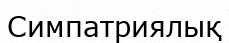
Симпатриялық